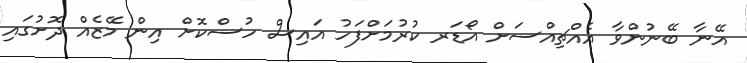
އޭނާ ބޭނުންވާ އެއްޗިއްސަށް އޯޑަރ ކުރުމަށްފަހު އައިސް ހުސްކޮށް އިން މޭޒެއް ދޮށުގައި